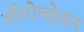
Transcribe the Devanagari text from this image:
शीरोच्छेदन